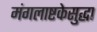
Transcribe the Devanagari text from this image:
मंगलाष्टकेसुद्धा